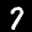
Label: 7